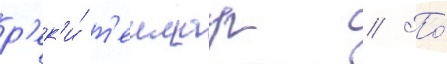
р'ек'и́ т'еимар // По́